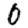
Digit: 0